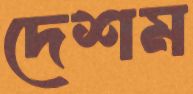
দেশম